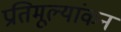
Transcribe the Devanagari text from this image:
प्रतिमूल्यांकन